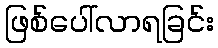
ဖြစ်ပေါ်လာရခြင်း